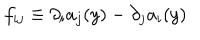
f _ { i j } \equiv \partial _ { i } a _ { j } ( y ) - \partial _ { j } a _ { i } ( y )